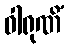
ဝါရုဏိံ